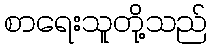
စာရေးသူတို့သည်